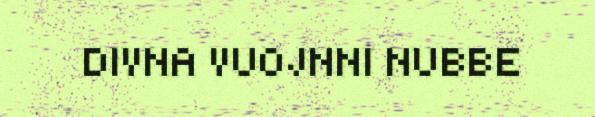
DIVNA VUOJNNI NUBBE